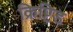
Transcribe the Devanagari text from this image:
क्रिप्टिड